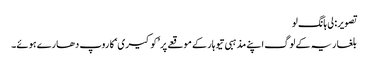
تصویر: لی ہانگ لو
بلغاریہ کے لوگ اپنے مذہبی تیوہار کے موقعے پر ’کوکیری‘ کا روپ دھارے ہوئے۔